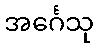
အင်္ဂေသု